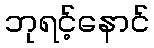
ဘုရင့်နောင်